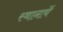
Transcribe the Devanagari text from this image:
स्थानाचें